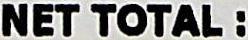
NET TOTAL :